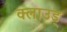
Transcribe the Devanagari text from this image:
क्लाउड्